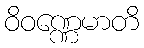
ဝိဝဏ္ဏေမာတိ